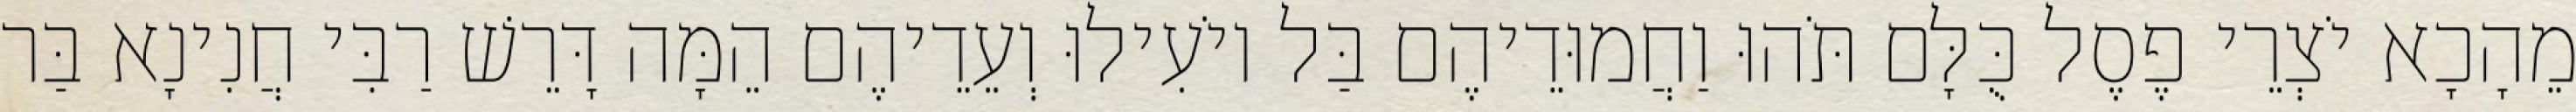
מֵהָכָא יֹצְרֵי פֶסֶל כֻּלָּם תֹּהוּ וַחֲמוּדֵיהֶם בַּל יוֹעִילוּ וְעֵדֵיהֶם הֵמָּה דָּרֵשׁ רַבִּי חֲנִינָא בַּר